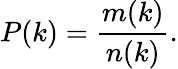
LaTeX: P(k)=\frac{m(k)}{n(k)}.